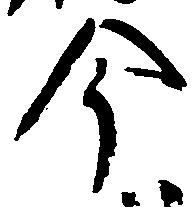
今